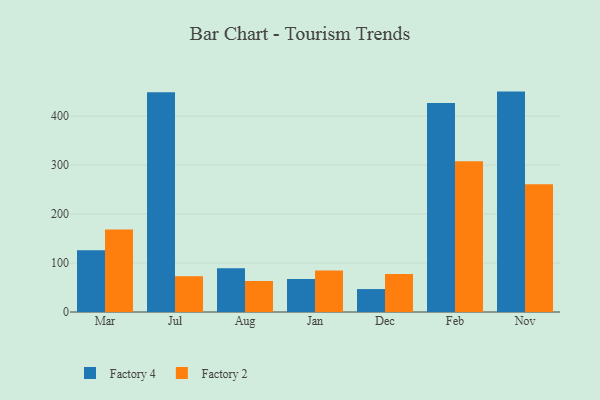
{"axis": {"x": "Month", "y": "Energy Usage (MWh)"}, "legend": ["Factory 2", "Factory 4"], "data": [{"x": "Mar", "y": 126.0, "type": "Factory 4"}, {"x": "Mar", "y": 168.5, "type": "Factory 2"}, {"x": "Jul", "y": 448.7, "type": "Factory 4"}, {"x": "Jul", "y": 73.1, "type": "Factory 2"}, {"x": "Aug", "y": 89.5, "type": "Factory 4"}, {"x": "Aug", "y": 63.3, "type": "Factory 2"}, {"x": "Jan", "y": 67.4, "type": "Factory 4"}, {"x": "Jan", "y": 84.9, "type": "Factory 2"}, {"x": "Dec", "y": 46.8, "type": "Factory 4"}, {"x": "Dec", "y": 77.6, "type": "Factory 2"}, {"x": "Feb", "y": 427.1, "type": "Factory 4"}, {"x": "Feb", "y": 307.9, "type": "Factory 2"}, {"x": "Nov", "y": 450.2, "type": "Factory 4"}, {"x": "Nov", "y": 260.8, "type": "Factory 2"}]}